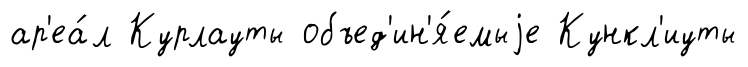
ар'еа́л Курлауты объед'ин'я́емыjе Кункл'иуты